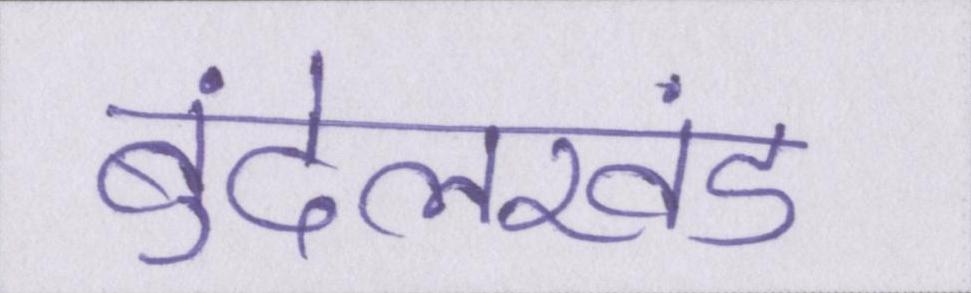
बुंदेलखंड